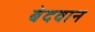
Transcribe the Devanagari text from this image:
बेदवान